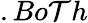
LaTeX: .Bo\mathcal{T}h